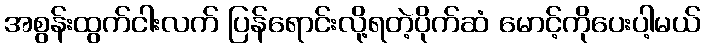
အစွန်းထွက်ငါးလက် ပြန်ရောင်းလို့ရတဲ့ပိုက်ဆံ မောင့်ကိုပေးပါ့မယ်